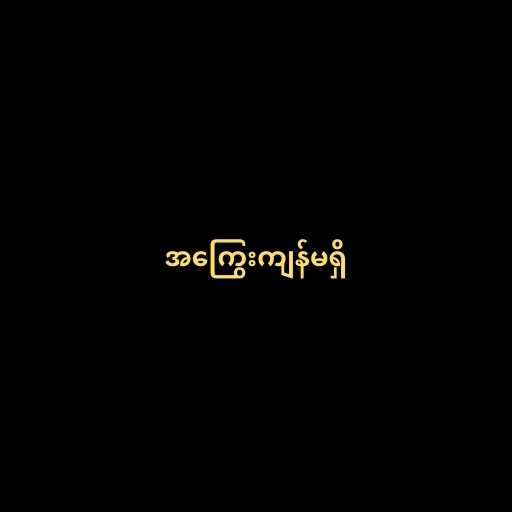
အကြွေးကျန်မရှိ